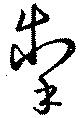
掣